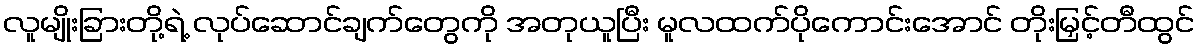
လူမျိုးခြားတို့ရဲ့ လုပ်ဆောင်ချက်တွေကို အတုယူပြီး မူလထက်ပိုကောင်းအောင် တိုးမြှင့်တီထွင်